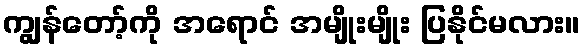
ကျွန်တော့်ကို အရောင် အမျိုးမျိုး ပြနိုင်မလား။